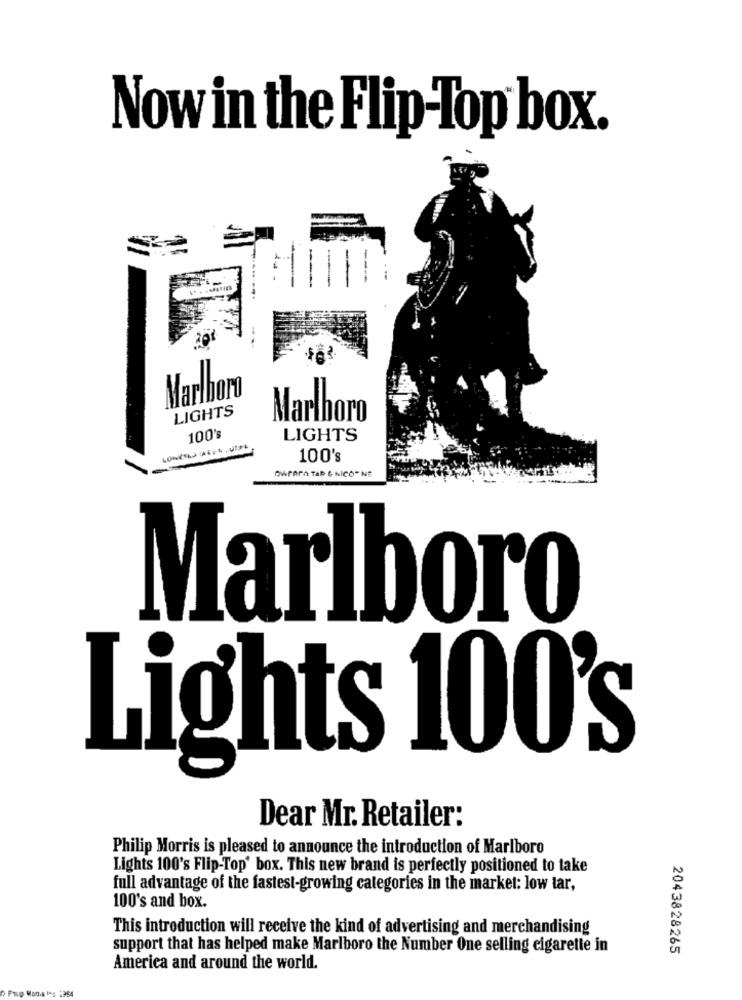
Now in the Flip-Top box.
Marlboro
LIGHTS
Marlboro
100%
LIGHTS
100's
"WRAP TAR & NICO" NE
Marlboro
Lights 100's
Dear Mr. Retailer:
Philip Morris is pleased to announce the introduction of Marlboro
Lights 100's Flip-Top' box. This new brand is perfectly positioned to take
full advantage of the fastest-growing categories in the market: low tar,
100's and box.
This introduction will receive the kind of advertising and merchandising
support that has helped make Marlboro the Number One selling cigarette in
2043828265
America and around the world.